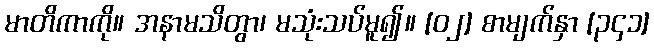
မာတိကာကို။ အနာမသိတွာ၊ မသုံးသပ်မူ၍။ [၀၂] စာမျက်နှာ [၃၄၁]